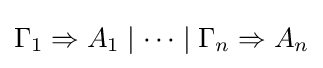
\Gamma _{1}\Rightarrow A_{1}\mid \dots \mid \Gamma _{n}\Rightarrow A_{n}